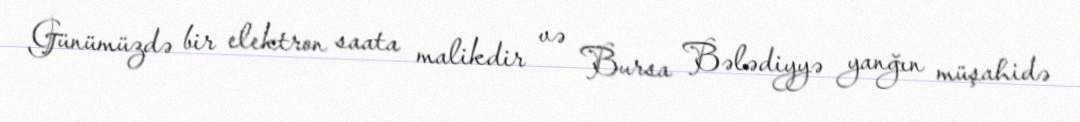
Günümüzdə bir elektron saata malikdir və Bursa Bələdiyyə yanğın müşahidə